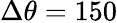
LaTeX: \Delta\theta=150